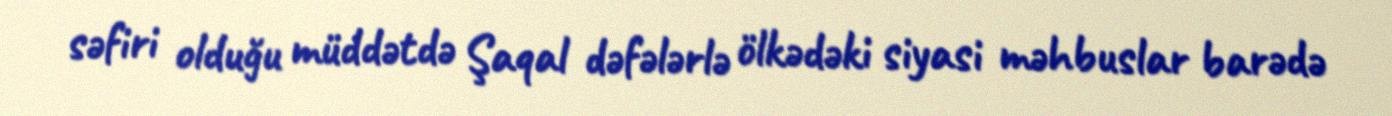
səfiri olduğu müddətdə Şaqal dəfələrlə ölkədəki siyasi məhbuslar barədə